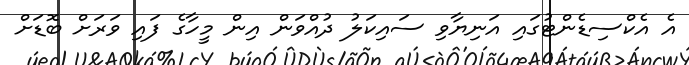
އެ އެކްސިޑެންޓުގައި އަނިޔާވި ސައިކަލު ދުއްވަން އިން މީހާގެ ފަައި ވަރަށް ބޮޑަށް